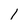
Character: l